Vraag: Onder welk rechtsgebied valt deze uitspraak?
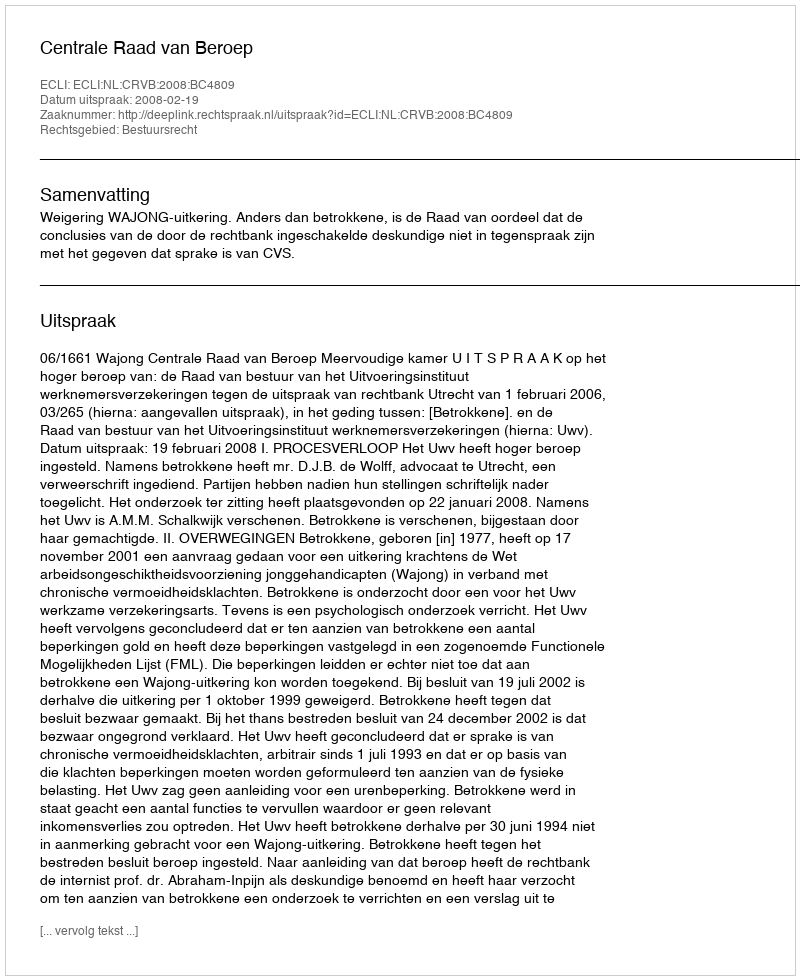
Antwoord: Bestuursrecht